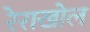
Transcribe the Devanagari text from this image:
रेराखोल